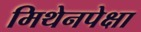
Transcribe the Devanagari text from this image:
मिथेनपेक्षा